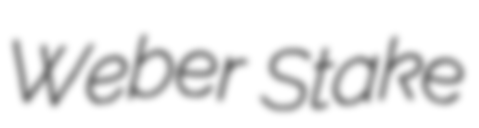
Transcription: Weber Stake